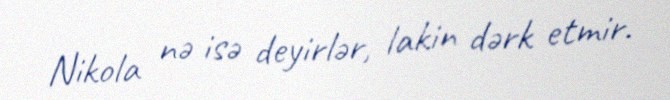
Nikola nə isə deyirlər, lakin dərk etmir.